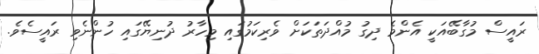
ރައީސް މުގާބޭއަކީ އެންމެ ދިގު މުއްދަތަކަށް ވެރިކަމުގައި މިހާރު ދުނިޔޭގައި ހުންނެވި ރައީސެވެ.